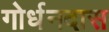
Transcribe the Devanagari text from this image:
गोर्धनदास